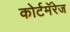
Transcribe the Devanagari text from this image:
कोर्टमॅरेज